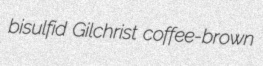
bisulfid Gilchrist coffee-brown